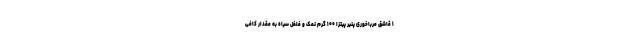
۱ قاشق مرباخوری پنیر پیتزا ۱۰۰ گرم نمک و فلفل سیاه به مقدار کافی